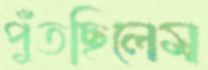
পুঁতছিলেম